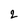
Character: 2